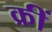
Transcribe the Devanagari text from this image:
क्रीं